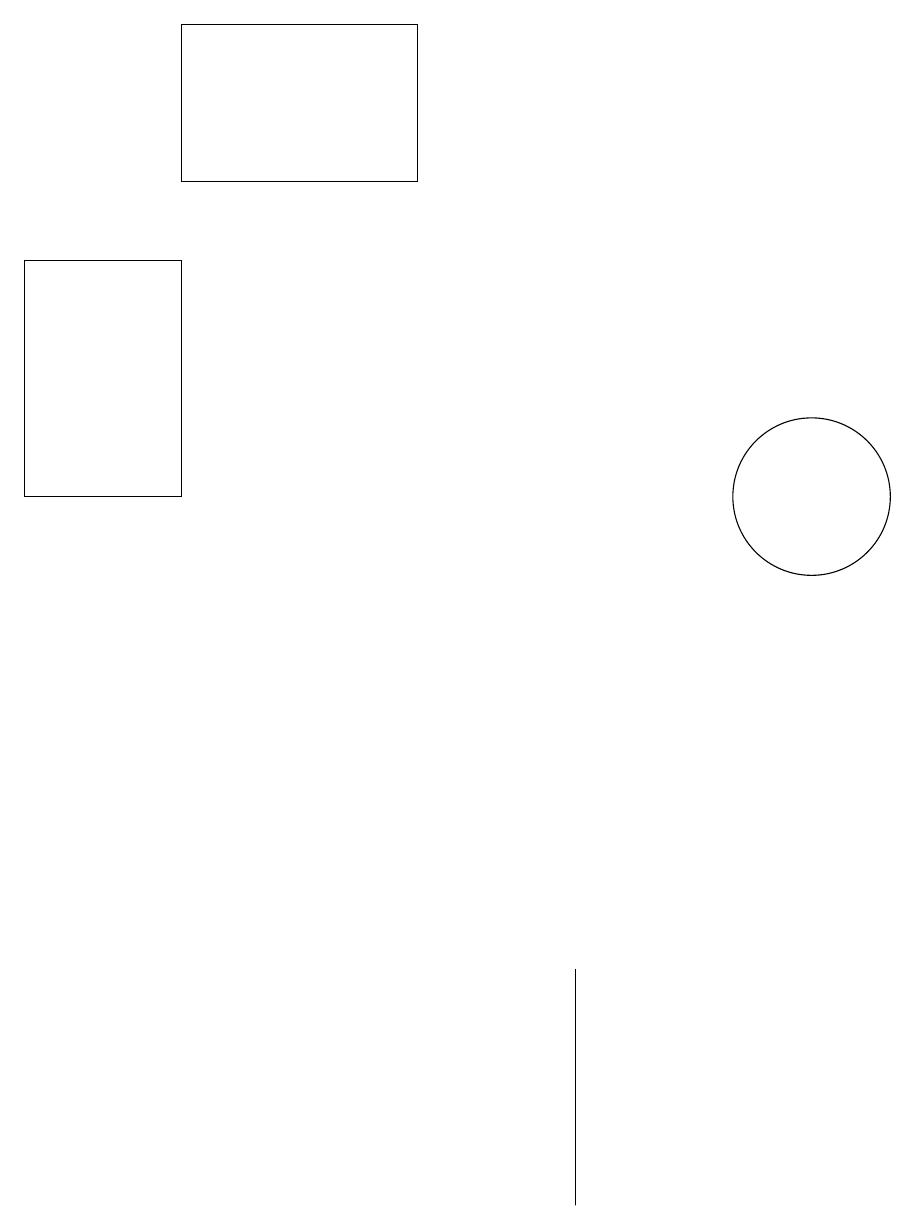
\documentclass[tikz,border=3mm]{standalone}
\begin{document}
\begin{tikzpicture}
\draw (7,3) -- (7,5) -- (7,2) -- cycle;
\draw (2,17) rectangle (5,15);
\draw (10,11) circle (1);
\draw (2,14) rectangle (0,11);
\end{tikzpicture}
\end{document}